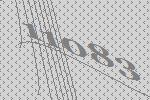
11083